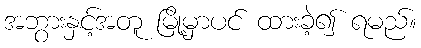
အဘွားနှင့်အတူ မြို့မှာပင် ထားခဲ့၍ ရမည်။